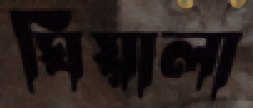
ঘিয়ালা